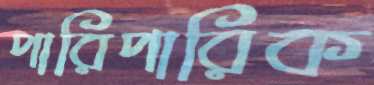
পারিপারিক